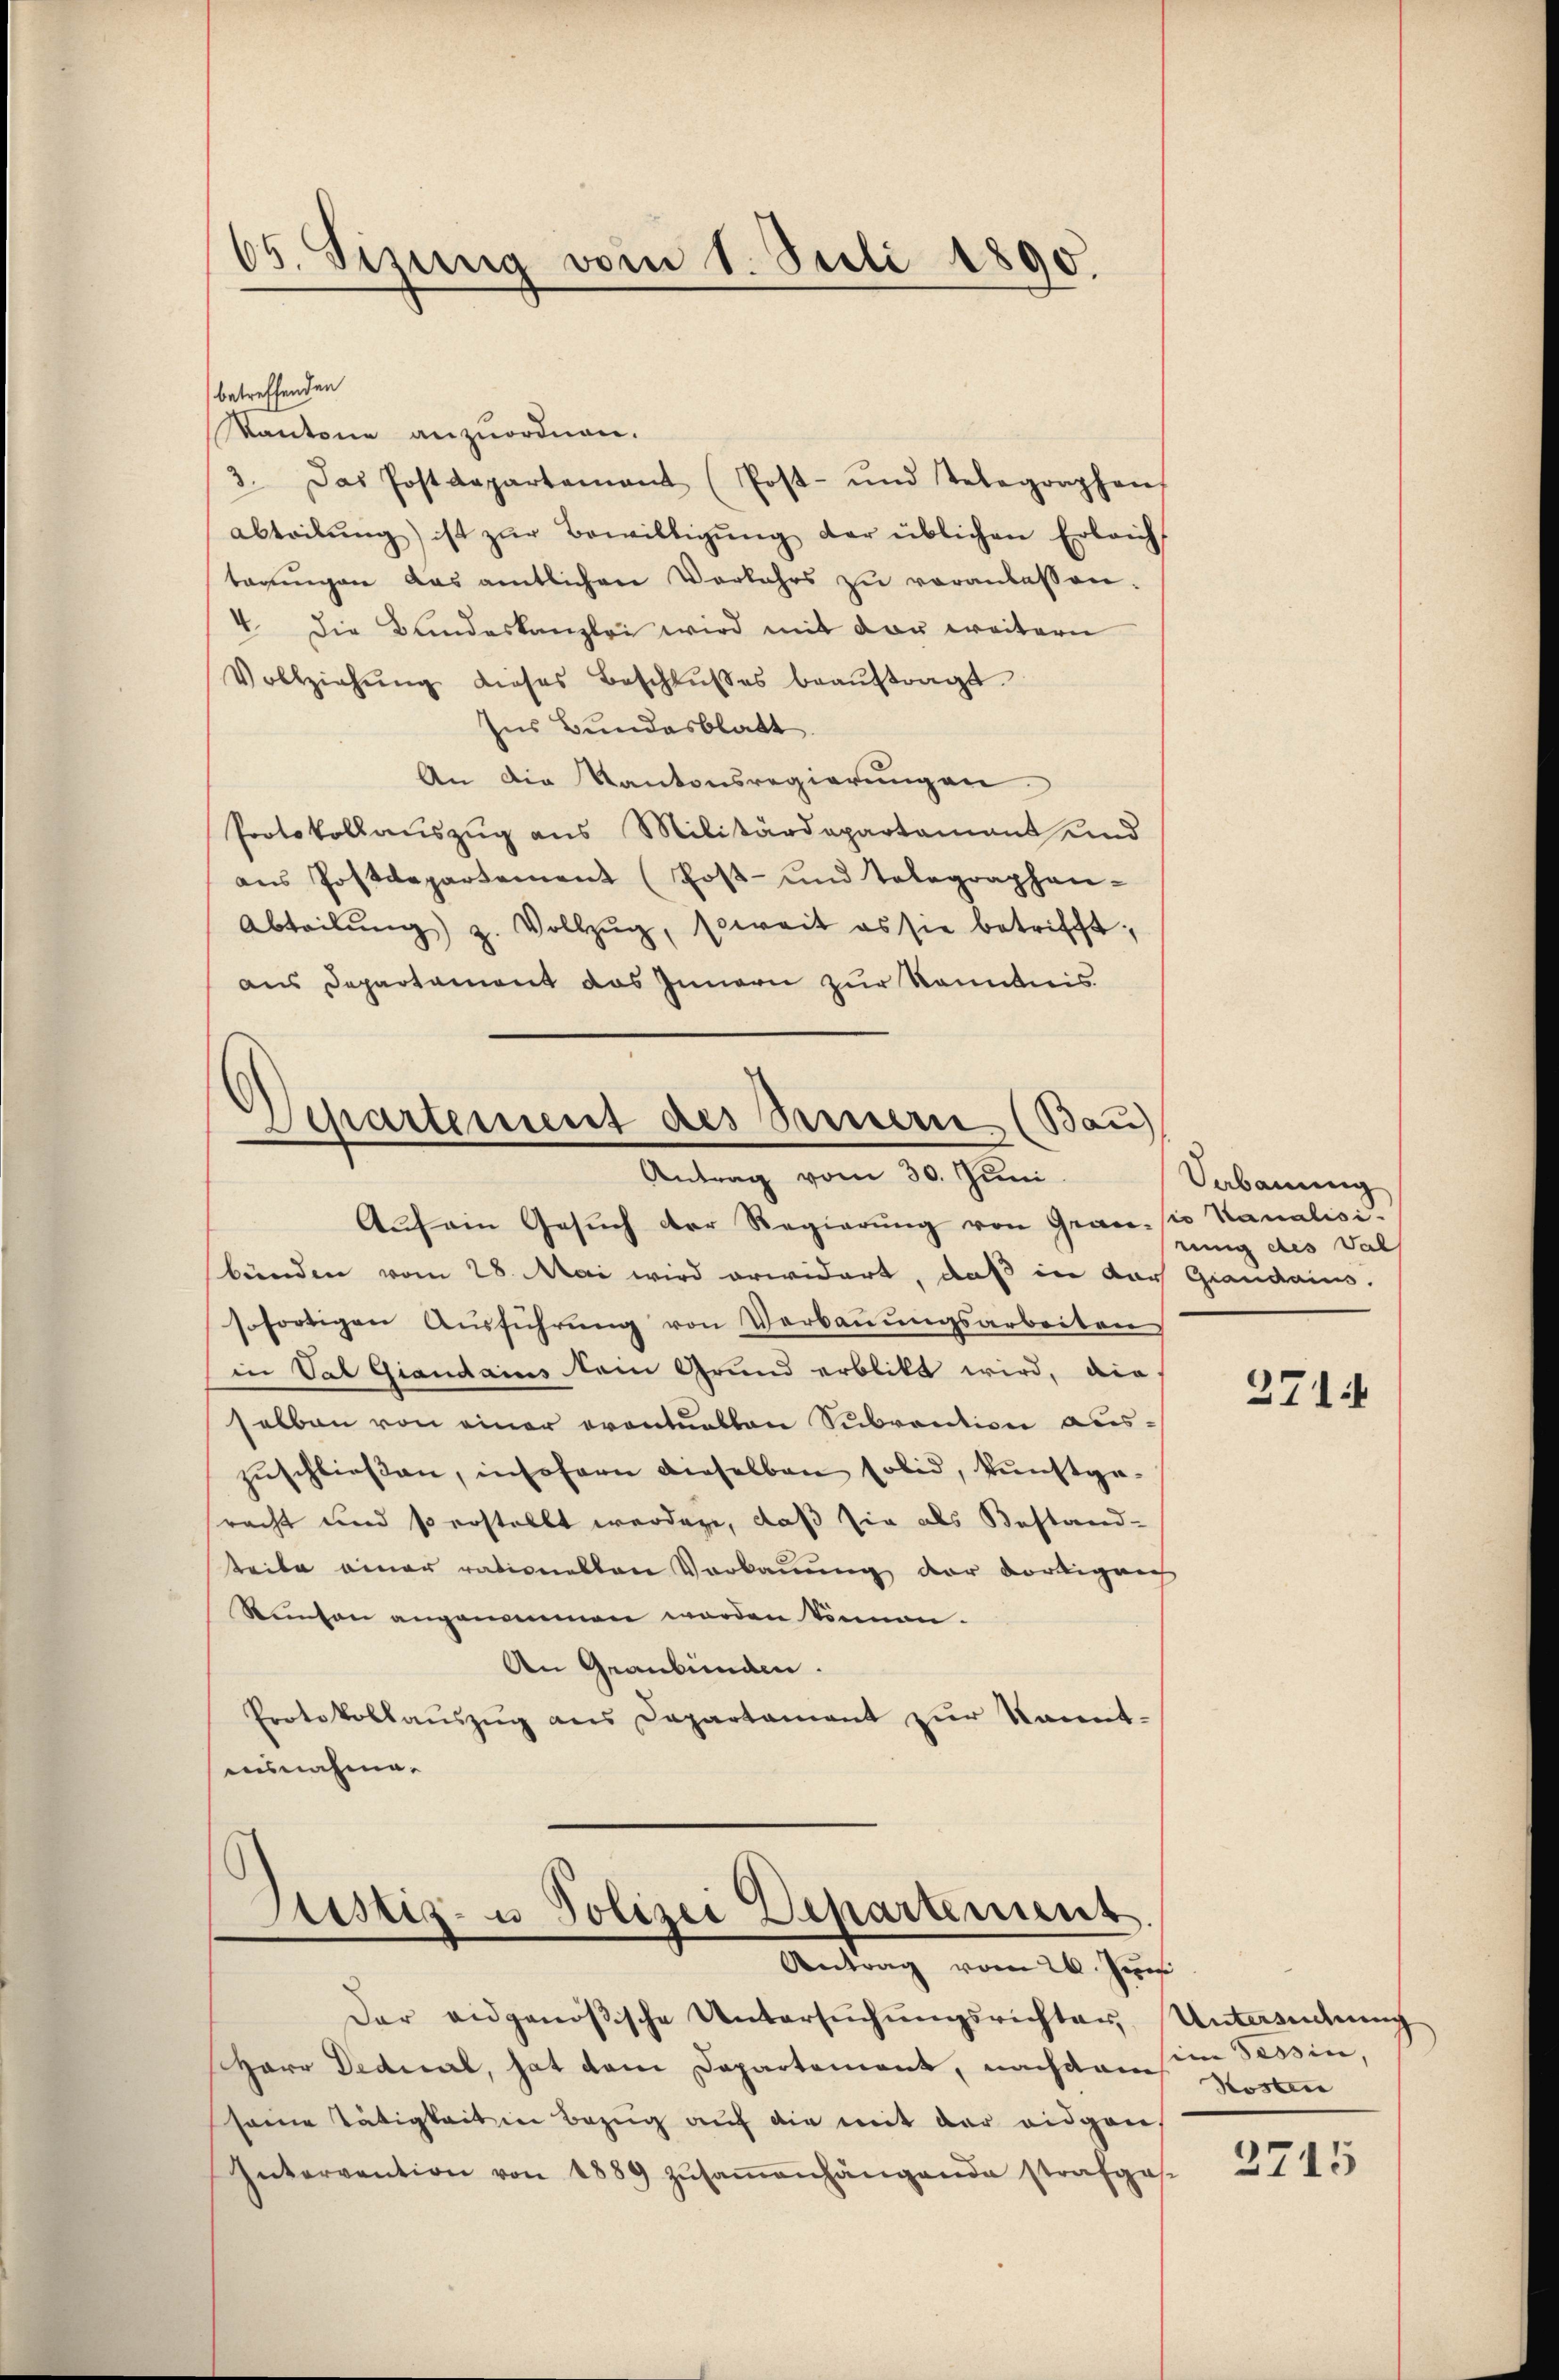
65. Sizung vom 1. Juli 1890.
.

betreffenden
Kantone anzuordnen.
3. Das Postdepartement (Post- und Telegraphen
abteilŭng ist zŭr Bewilligŭng der üblichen Erleich
terŭngen das amtlichen Verkehrs zŭ veranlassen.
4 die Bundeskanzlei wird mit der weitern
Vollziehŭng dieses Beschlŭβes beaŭftragt.
Ins Bundesblatt
An die Kantonsregierungen.
Protokollauszug aus Militärdepartamant und
aus Postdepartement (Post- und Telegraphen-
Abteilŭng z. Vollzŭg, soweit es sie betrifft,
aus Departament das Innern zur Kenntnis.

Auf ein Gesuch der Regierung von Grade sie Kanalisibänden vom 28. Mai wird erwidert, daß in der Grandaius.
shortigen Aŭsführŭng von Verbaŭŭngsarbeiten
in Val Giandamus kein Grund erblikt wird, die
selben von einer eventuellen Subvention auszuschließen, insofern dieselben solid, kunstgepracht und so erstellt werden, daß sie als Bestand-
teile einer rationellen Vorbauung der dortigen
Stusen angenommen werden können.
An Graubünden.
Protokollaŭszŭg ans Departament zur kannt-
ensnahme.

Departement des Samerie (Bau)
Antrag vom 30. Juni.

Justiz- u Polizei Departement.
Antrag vom 26. Jun

Vebauung
nung des Val

Der eidgenößische Untersŭchŭngsrichter, Untersuchung
Herr Dedial, hat dem Departement, nachdem im Tessin,
seine Tätigkeit in Bezug auf die mit der eidgen
Intervention von 1889 zŭsaṁenhängende strafge-

2714

Hosten

2715